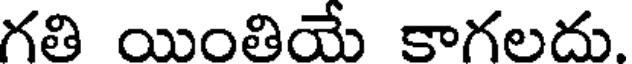
గతి యింతియే కాగలదు.